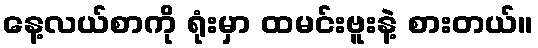
နေ့လယ်စာကို ရုံးမှာ ထမင်းဗူးနဲ့ စားတယ်။